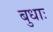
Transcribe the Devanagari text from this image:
बुधाः